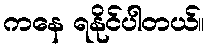
ကနေ ရနိုင်ပါတယ်။